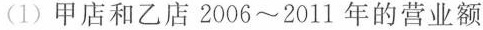
(1)甲店和乙店2006~2011年的营业额